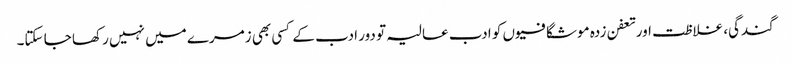
گندگی، غلاظت اور تعفن زدہ موشگافیوں کو ادب عالیہ تو دور ادب کے کسی بھی زمرے میں نہیں رکھا جا سکتا۔